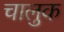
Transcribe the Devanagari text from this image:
चालुक